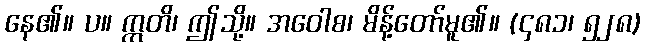
နေ၏။ ပ။ ဣတိ၊ ဤသို့။ အဝေါစ၊ မိန့်တော်မူ၏။ (၄၈၁၊ ၅၂၈)